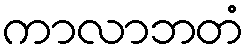
ကာလာဘတံ